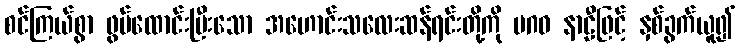
စင်ကြယ်စွာ ဖွပ်ထောင်းပြီးသော အဟောင်းသလေးဆန်ရင်းတို့ကို မဂဓ နာဠီဖြင့် နှစ်ခွက်ယူ၍